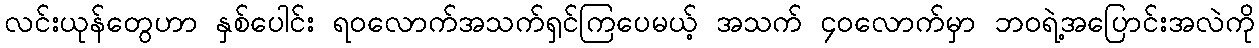
လင်းယုန်တွေဟာ နှစ်ပေါင်း ရဝလောက်အသက်ရှင်ကြပေမယ့် အသက် ၄၀လောက်မှာ ဘဝရဲ့အပြောင်းအလဲကို